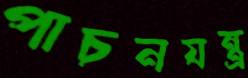
পাচনযন্ত্র